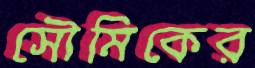
সৌমিকের